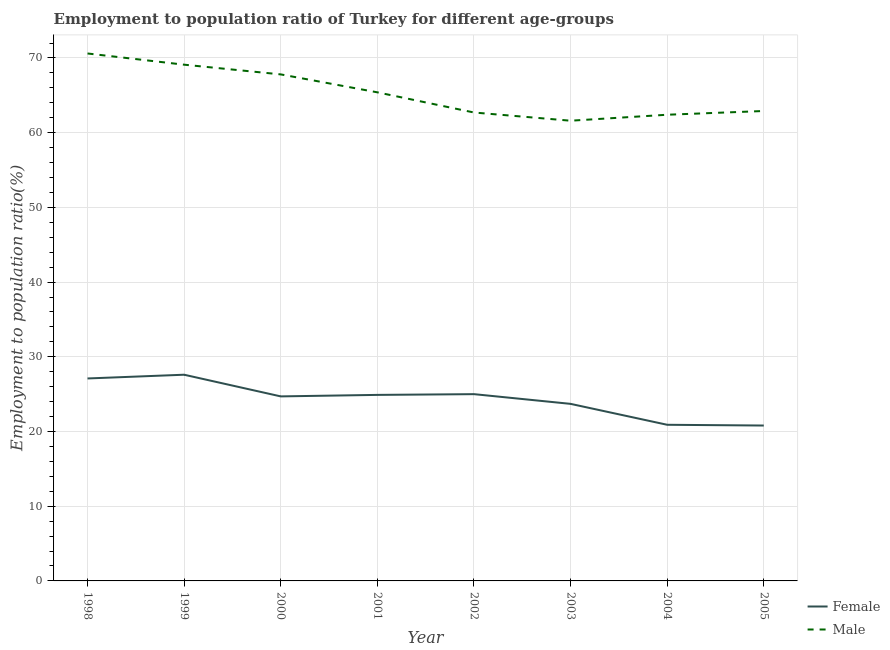
| Year | Female | Male |
 | --- | --- | --- |
 | 1998 | 27.1 | 70.6 |
 | 1999 | 27.6 | 69.1 |
 | 2000 | 24.7 | 67.8 |
 | 2001 | 24.9 | 65.4 |
 | 2002 | 25 | 62.7 |
 | 2003 | 23.7 | 61.6 |
 | 2004 | 20.9 | 62.4 |
 | 2005 | 20.8 | 62.9 |